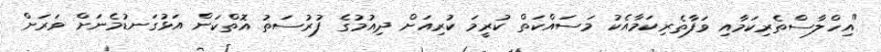
"އިހްލާސްތެރިކަމާއި ވަފާތެރިކަމާއެކު މަސައްކަތް ކުރީމަ ކުރިއަށް ދިއުމުގެ ފުރުސަތު އޮތްކަން އަޅުގަނޑުމެނަށް ވަރަށް